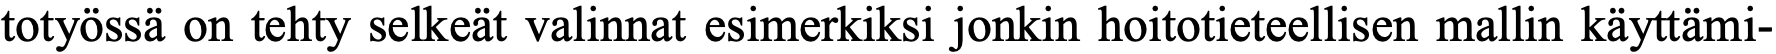
totyössä on tehty selkeät valinnat esimerkiksi jonkin hoitotieteellisen mallin käyttämi-